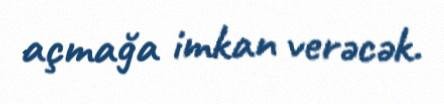
açmağa imkan verəcək.